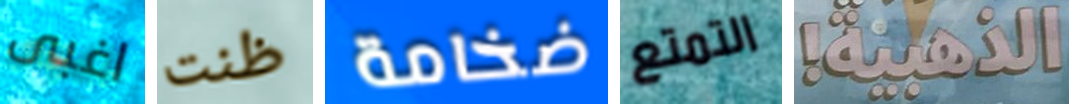
اغبى ظنت ضخامة التمتع الذهبية!